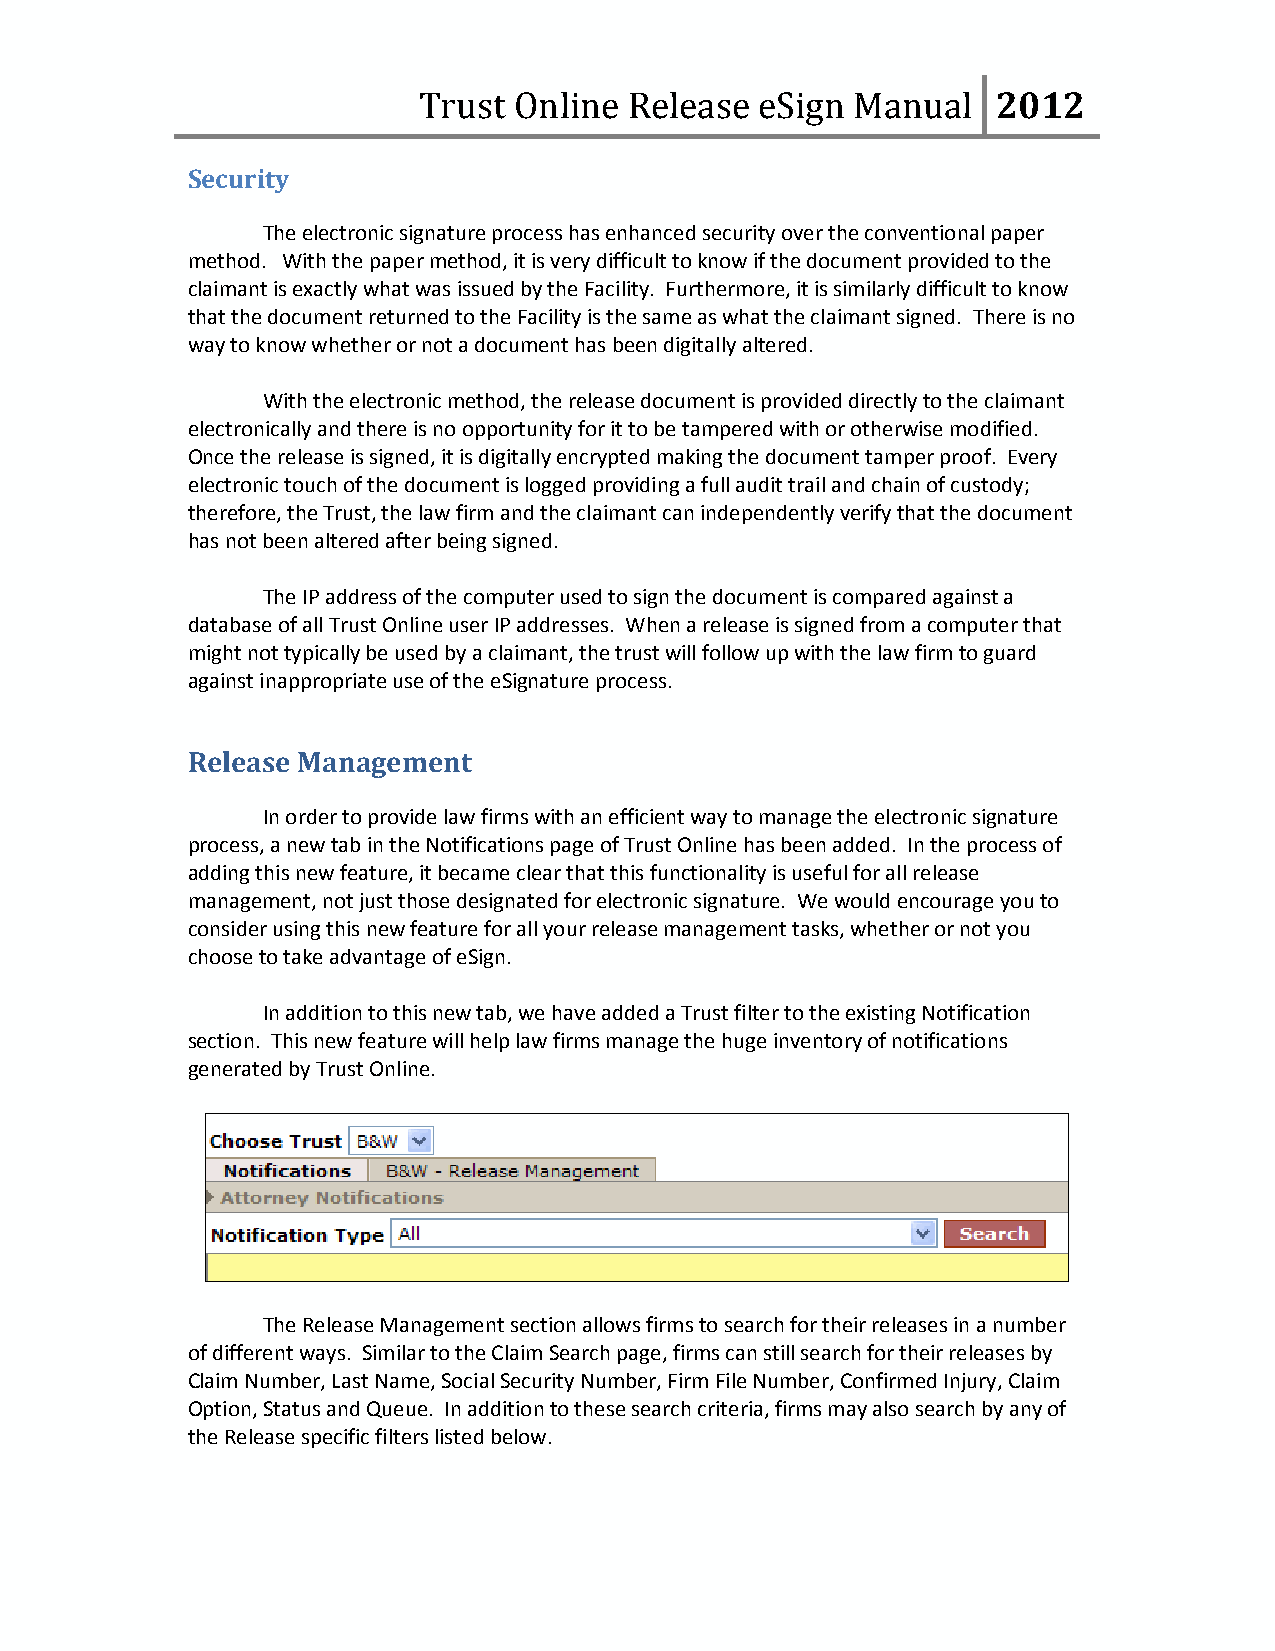
Trust Online  Release eSign Manual    2012
 Security
 Theelectronicsignatureprocesshasenhancedsecurityovertheconventionalpaper
 method. Withthepapermethod,itisverydifficulttoknowifthedocumentprovidedtothe
 claimantisexactlywhatwasissuedbytheFacility. Furthermore,itissimilarlydifficulttoknow
 thatthedocumentreturnedtotheFacilityisthesameaswhattheclaimantsigned. Thereisno
 waytoknowwhetherornotadocumenthasbeendigitallyaltered.
 Withtheelectronicmethod,thereleasedocumentisprovideddirectlytotheclaimant
 electronicallyandthereisnoopportunityforittobetamperedwithorotherwisemodified.
 Oncethereleaseissigned,itisdigitallyencryptedmakingthedocumenttamperproof. Every
 electronictouchofthedocumentisloggedprovidingafullaudittrailandchainofcustody;
 therefore,theTrust,thelawfirmandtheclaimantcanindependentlyverifythatthedocument
 hasnotbeenalteredafterbeingsigned.
 TheIPaddressofthecomputerusedtosignthedocumentiscomparedagainsta
 databaseofallTrustOnlineuserIPaddresses. Whenareleaseissignedfromacomputerthat
 mightnottypicallybeusedbyaclaimant,thetrustwillfollowupwiththelawfirmtoguard
 againstinappropriateuseoftheeSignatureprocess.
 ReleaseManagement
 Inordertoprovidelawfirmswithanefficientwaytomanagetheelectronicsignature
 process,anewtabintheNotificationspageofTrustOnlinehasbeenadded. Intheprocessof
 addingthisnewfeature,itbecameclearthatthisfunctionalityisusefulforallrelease
 management,notjustthosedesignatedforelectronicsignature. Wewouldencourageyouto
 considerusingthisnewfeatureforallyourreleasemanagementtasks,whetherornotyou
 choosetotakeadvantageofeSign.
 Inadditiontothisnewtab,wehaveaddedaTrustfiltertotheexistingNotification
 section. Thisnewfeaturewillhelplawfirmsmanagethehugeinventoryofnotifications
 generatedbyTrustOnline.
 TheReleaseManagementsectionallowsfirmstosearchfortheirreleasesinanumber
 ofdifferentways. SimilartotheClaimSearchpage,firmscanstillsearchfortheirreleasesby
 ClaimNumber,LastName,SocialSecurityNumber,FirmFileNumber,ConfirmedInjury,Claim
 Option,StatusandQueue. Inadditiontothesesearchcriteria,firmsmayalsosearchbyanyof
 theReleasespecificfilterslistedbelow.